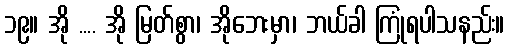
၁၉။ အို .... အို မြတ်စွာ၊ အိုဘေးမှာ၊ ဘယ်ခါ ကြုံရပါသနည်း။